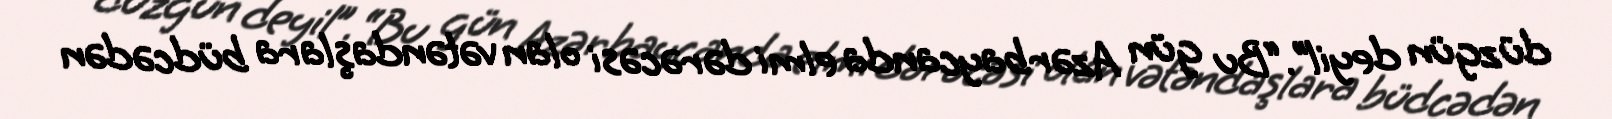
düzgün deyil”.“Bu gün Azərbaycanda elmi dərəcəsi olan vətəndaşlara büdcədən